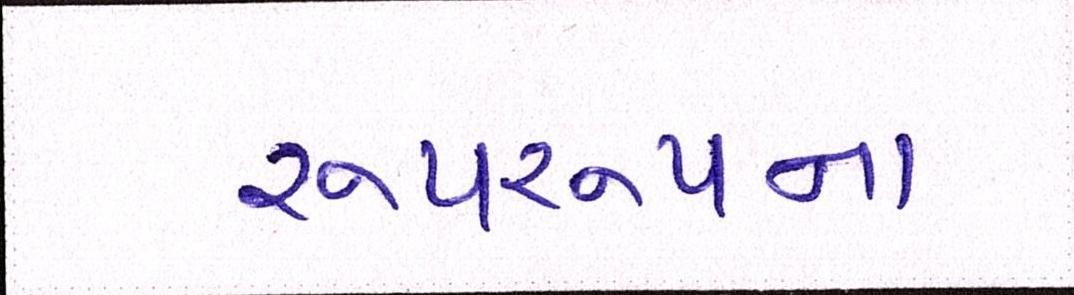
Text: રૂપરૂપના